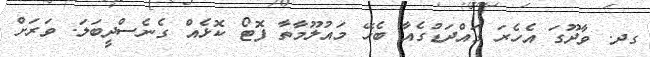
ގދ. ވާދޫގަ އެހެރަ ގައްދަޑުގެއާ ބެހޭ މައުލޫމާތާ ފޮޓޯ ކޮޅެއް ގެނެސްދީބަލަ. ވަރަށް